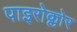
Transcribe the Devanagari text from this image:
पाइरोक्लोर